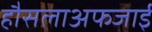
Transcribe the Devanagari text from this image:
हौसलाअफजाई